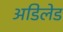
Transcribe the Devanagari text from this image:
अडिलेड